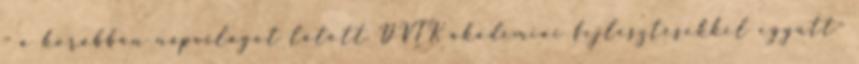
- a korábban napvilágot látott DVTK akadémiai fejlesztésekkel együtt-